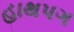
હાથપગ